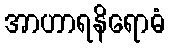
အာဟာရနိရောဓံ